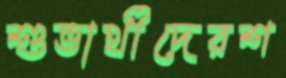
শুভার্থীদেরশ